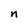
Character: n